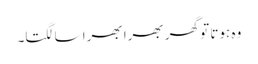
وہ ہوتا تو گھر بھرا بھرا سا لگتا۔